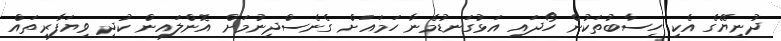
ދުނިޔޭގެ އެކި ހިސާބުތަކުން ހޯދައި އަޅުގަނޑުމެނާ ހަމައަށް ގެނެސްދިނުމަށް އޮންލައިން ކުދި ވިޔަފާރިތައް